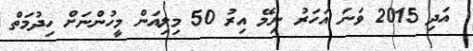
އަދި 2015 ވަނަ އަހަރު ނިމޭ އިރު 50 މިލިއަން މީހުންނަށް ހިދުމަތް